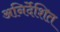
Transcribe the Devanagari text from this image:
अनिर्देशित